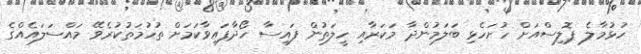
ހުޅުމާލެ ޕޮލިސްއަށް ހުށަހެޅި ބަލަމުންދާ މަކަރާއި ހީލަތުން ފައިސާ ހޯދާފައިވާކަމަށް ތުހުމަތުކުރެވޭ މައްސަލައެއްގެ